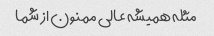
مثله همیشه عالی ممنون از شما